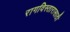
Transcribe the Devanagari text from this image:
रागविस्तारासाठी